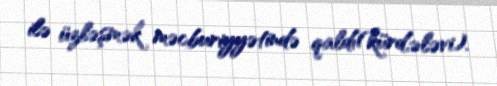
ilə üzləşmək məcburiyyətində qaldı(kürd,ələvi).